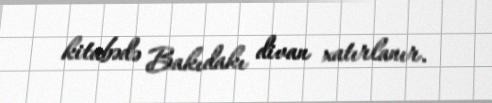
kitabədə Bakıdakı divan xatırlanır.